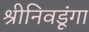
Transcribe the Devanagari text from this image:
श्रीनिवडूंगा